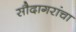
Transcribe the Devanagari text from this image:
सौदागरांचा